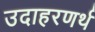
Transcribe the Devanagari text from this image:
उदाहरणर्थ